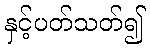
နှင့်ပတ်သတ်၍